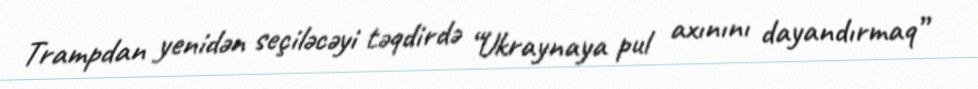
Trampdan yenidən seçiləcəyi təqdirdə “Ukraynaya pul axınını dayandırmaq”